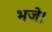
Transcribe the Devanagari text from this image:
भजे।